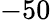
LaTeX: -50